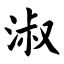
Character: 淑